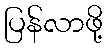
ပြန်လာဖို့